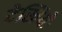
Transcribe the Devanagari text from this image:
देखियेः